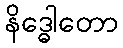
နိဒ္ဓေါတော